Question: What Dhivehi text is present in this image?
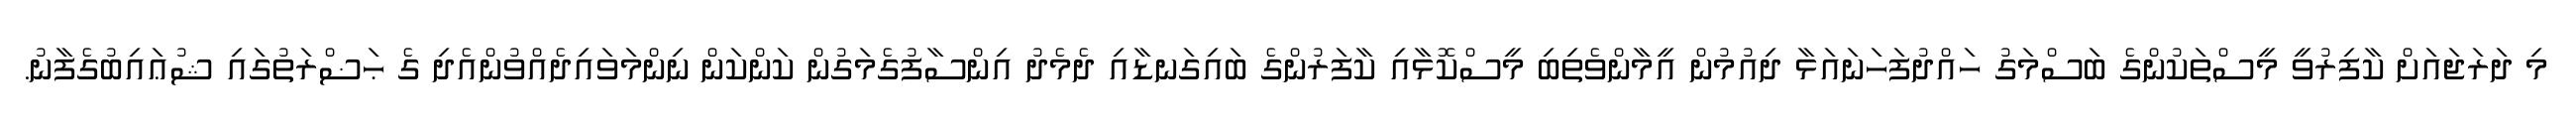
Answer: މި ދަރަޖައަށް ކާފިރުވީ މީސްތަކުންގެ ބަސްމަގު ހައްދުފަހަނައަޅާ ދިއުމުން އީމާންވެތިބި މީސްކޮޅާއި ކާފަރުންގެ ބައިގަނޑާއި ދެމެދު އިންސާފުގެމަގުން ކަންކަން ނިންމަވައިދެއްވުންއެދި ގެ ޙަޟްރަތުގައި ޝުޢައިބުގެފާނު.